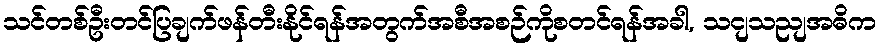
သင်တစ်ဦးတင်ပြချက်ဖန်တီးနိုင်ရန်အတွက်အစီအစဉ်ကိုစတင်ရန်အခါ, သငျသညျအဓိက